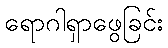
ရောဂါရှာဖွေခြင်း